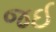
જઈ